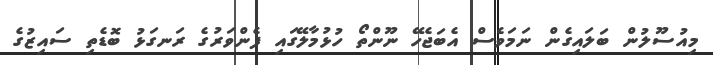
މިއުސޫލުން ބަލައިގެން ނަމަވެސް އެބަޖެހޭ ނޫންތޯ ހުޅުމާލޭގައި ފެންވަރުގެ ރަނގަޅު ބޮޑެތި ސައިޒުގެ